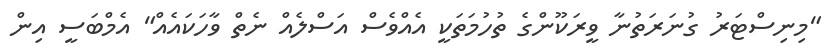
"މިނިސްޓަރު ގުނަރަތުނާ ވީރަކޫންގެ ތުހުމަތަކީ އެއްވެސް އަސްލެއް ނެތް ވާހަކައެެއް" އެމްބަސީ އިން